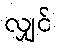
လျှင်